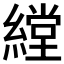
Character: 𱺃